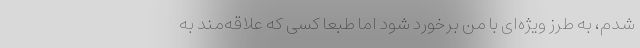
شدم، به طرز ویژه‌ای با من برخورد شود اما طبعا کسی که علاقه‌مند به